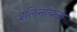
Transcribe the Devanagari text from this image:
इलिनॉयला